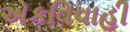
એકવિવાહી